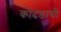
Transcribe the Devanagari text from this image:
कोदंडाची